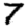
Digit: 7